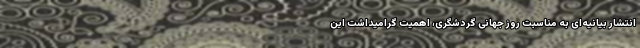
انتشار بیانیه‌ای به مناسبت روز جهانی گردشگری، اهمیت گرامیداشت این